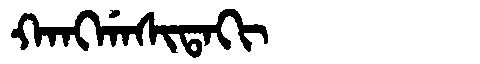
Manchu: ᡴᠠᠩᡤᠠᠰᡳᡨᠠᡴᡳ
Romanization: KANGGASITAKI